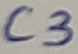
Text: C3